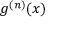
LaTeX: g ^ { ( n ) } ( x )